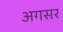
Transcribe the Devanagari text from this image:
अगसर